Leprosy in India: report of the Leprosy Commission in India, 1890-91
Year: 1890
Disease focus: Leprosy
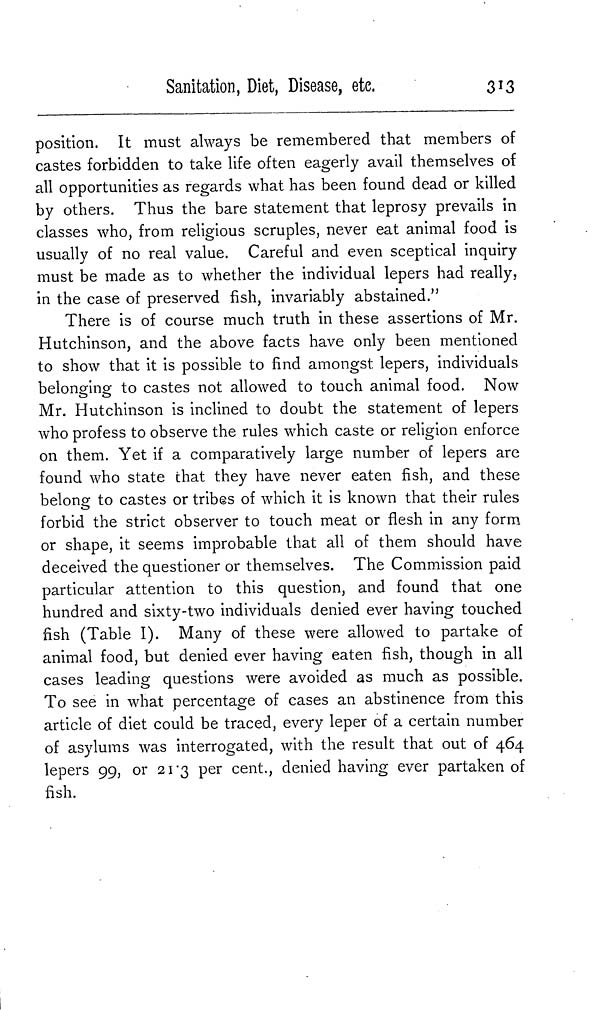
Sanitation, Diet, Disease, etc.
313
position. It must always be remembered that members of
castes forbidden to take life often eagerly avail themselves of
all opportunities as regards what has been found dead or killed
by others. Thus the bare statement that leprosy prevails in
classes who, from religious scruples, never eat animal food is
usually of no real value. Careful and even sceptical inquiry
must be made as to whether the individual lepers had really,
in the case of preserved fish, invariably abstained."
There is of course much truth in these assertions of Mr.
Hutchinson, and the above facts have only been mentioned
to show that it is possible to find amongst lepers, individuals
belonging to castes not allowed to touch animal food. Now
Mr. Hutchinson is inclined to doubt the statement of lepers
who profess to observe the rules which caste or religion enforce
on them. Yet if a comparatively large number of lepers are
found who state that they have never eaten fish, and these
belong to castes or tribes of which it is known that their rules
forbid the strict observer to touch meat or flesh in any form
or shape, it seems improbable that all of them should have
deceived the questioner or themselves. The Commission paid
particular attention to this question, and found that one
hundred and sixty-two individuals denied ever having touched
fish (Table I). Many of these were allowed to partake of
animal food, but denied ever having eaten fish, though in all
cases leading questions were avoided as much as possible.
To see in what percentage of cases an abstinence from this
article of diet could be traced, every leper of a certain number
of asylums was interrogated, with the result that out of 464
lepers 99, or 21.3 per cent., denied having ever partaken of
fish.